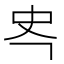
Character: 𭆾